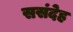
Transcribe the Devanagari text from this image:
ससंदेह